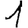
Digit: 1